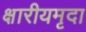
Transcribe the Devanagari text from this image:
क्षारीयमृदा